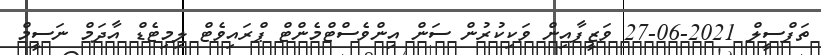
ތަފްސީލް 2021-06-27 ވަޒީފާއިން ވަކިކުރުން ސަން އިންވެސްޓްމެންޓް ޕްރައިވެޓް ލިމިޓެޑް އާދަމް ނަސީމް